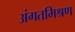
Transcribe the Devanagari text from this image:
अंगतमिश्रण